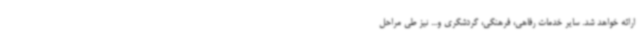
ارائه خواهد شد. سایر خدمات رفاهی، فرهنگی، گردشگری و... نیز طی مراحل